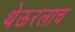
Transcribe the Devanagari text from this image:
थेऊरलाच